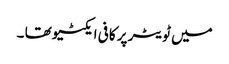
میں ٹویٹر پر کافی ایکٹیو تھا ۔